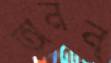
অনন্